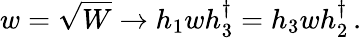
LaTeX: w=\sqrt{W}\to h_{1}wh_{3}^{\dagger}=h_{3}wh_{2}^{\dagger}\, .